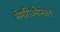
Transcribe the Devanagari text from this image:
सेमगिओप्सल